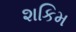
શકિમ